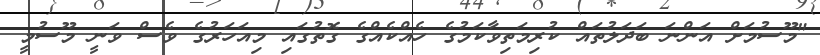
"މޫސުމަށް އަންނަ ބަދަލުތައް ކުރިމަތިވާކަމުގެ ހެއްކެއްގެ ގޮތުގައި މިއަހަރުގެ ވެސް ވަނީ މޫސުމީ